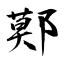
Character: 鄚